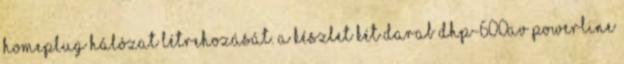
HomePlug hálózat létrehozását. A készlet két darab DHP-600AV PowerLine